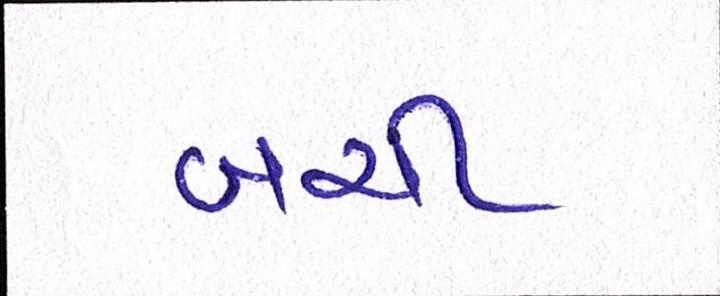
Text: બચી